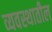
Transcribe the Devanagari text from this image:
व्यवस्थातील